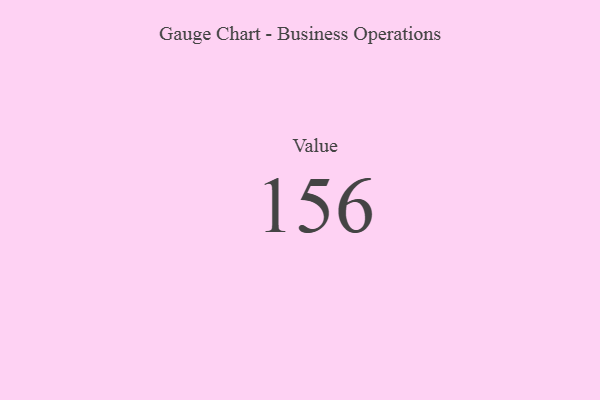
{"axis": {"x": "Metric", "y": "Value"}, "legend": [""], "data": [{"x": "Value", "y": 156, "type": ""}]}